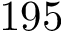
1 9 5